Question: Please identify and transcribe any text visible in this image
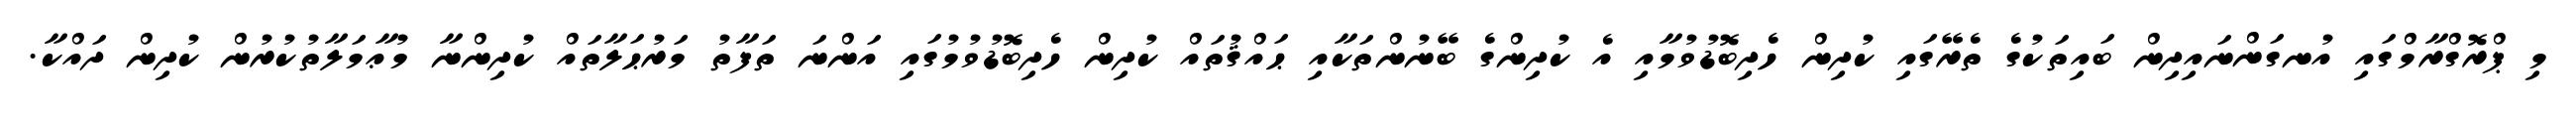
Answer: މި ޕްރޮގްރާމްގައި އުނގަންނައިދިން ބައިތަކުގެ ތެރޭގައި ކުދިން ހެދިބޮޑުވުމާއި އެ ކުދިންގެ ބޭނުންތަކާއި ޙައްޤުތައް ކުދިން ހެދިބޮޑުވުމުގައި އަންނަ ތަފާތު މަރުޙަލާތައް ކުދިންނާ މުޢާމަލާތުކުރުން ކުދިން ދައްކާ.